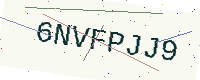
Text: 6NVFPJJ9